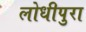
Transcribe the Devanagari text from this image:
लोधीपुरा